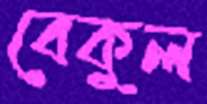
বেকুল